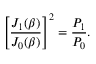
\left[ \frac { J _ { 1 } ( \beta ) } { J _ { 0 } ( \beta ) } \right] ^ { 2 } = \frac { P _ { 1 } } { P _ { 0 } } .